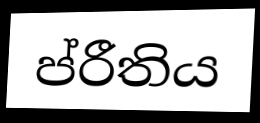
ප්රීතිය